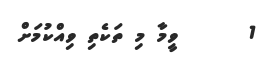
1      ވީމާ މި ތަކެތި ވިއްކުމަށް